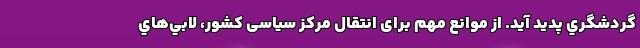
گردشگري پديد آيد. از موانع مهم برای انتقال مرکز سیاسی کشور، لابي‌هاي